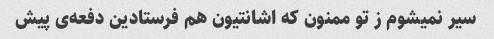
سیر نمیشوم ز تو ممنون که اشانتیون هم فرستادین دفعه‌ی پیش